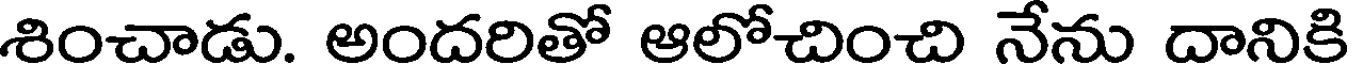
శించాడు. అందరితో ఆలోచించి నేను దానికి